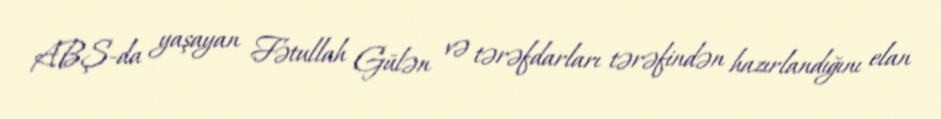
ABŞ-da yaşayan Fətullah Gülən və tərəfdarları tərəfindən hazırlandığını elan